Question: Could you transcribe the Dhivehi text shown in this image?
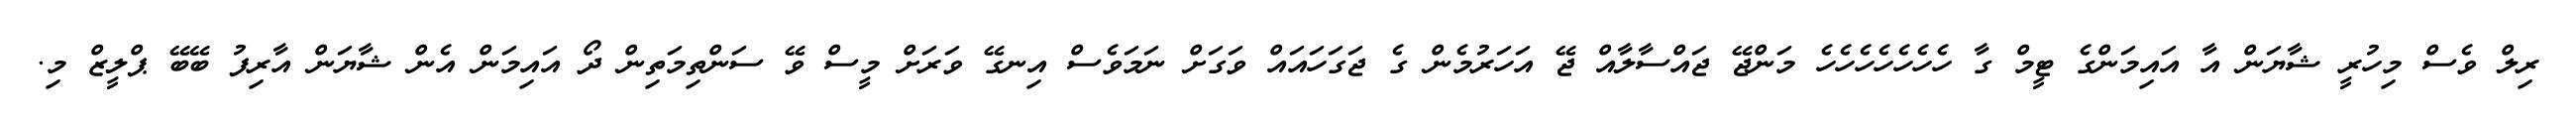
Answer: ރިލް ވެސް މިހުރީ ޝާޔަން އާ އައިމަންގެ ޓީމް ގާ ހެހެހެހެހެހެހެ މަންޖޭ ޖައްސާލާއް ޖޭ އަހަރުމެން ގެ ޖަގަހައައް ވަގަށް ނަމަވެސް އިނގޭ ވަރަށް މީސް ވޭ ސަންތިމަތިން ދޯ އައިމަން އެން ޝާޔަން އާރިފު ބޭބޭ ޕްލީޒް މި.